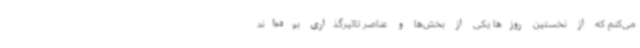
می‌کنم که از نخستین روزها یکی از بخش‌ها و عناصر تاثیرگذاری بوده‌اند